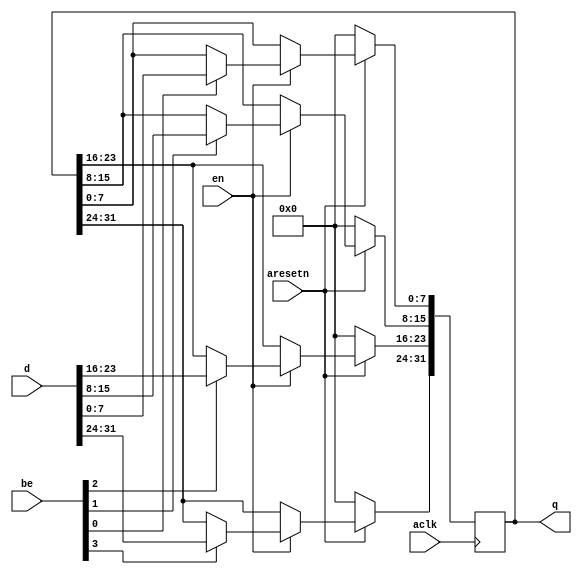
module ipif_reg
#(
    parameter WIDTH = 32
)
(
    input aclk,
    input aresetn,
    input en,
    input [WIDTH/8-1:0] be,
    input [WIDTH-1:0] d,
    output reg [WIDTH-1:0] q
);

integer byte_index;
always @(posedge aclk)
    if (~aresetn)
        q <= {WIDTH{1'b0}};
    else if (en) 
        for (byte_index = 0; byte_index < (WIDTH/8); byte_index = byte_index + 1)
            if (be[byte_index])
                q[(byte_index*8) +: 8] <= d[(byte_index*8) +: 8];

endmodule